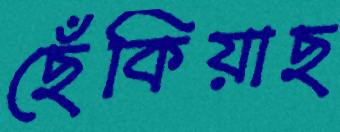
ছেঁকিয়াছ